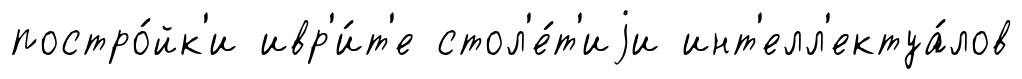
постро́йк'и ивр'и́т'е стол'е́т'иjи инт'елл'ектуа́лов